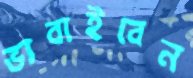
ভাবাইবেন